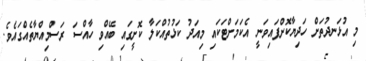
މި އުޅަނދުތަށް ހަދިޔާކޮށްފައިވަނީ އެކަމަށްޓަކައި މިއަދު ކަޅުތުއްކަލާ ކޮށީގައި ބޭއްވި ހާއްސަ ރަސްމިއްޔާތެއްގައެވެ.